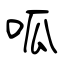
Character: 呱